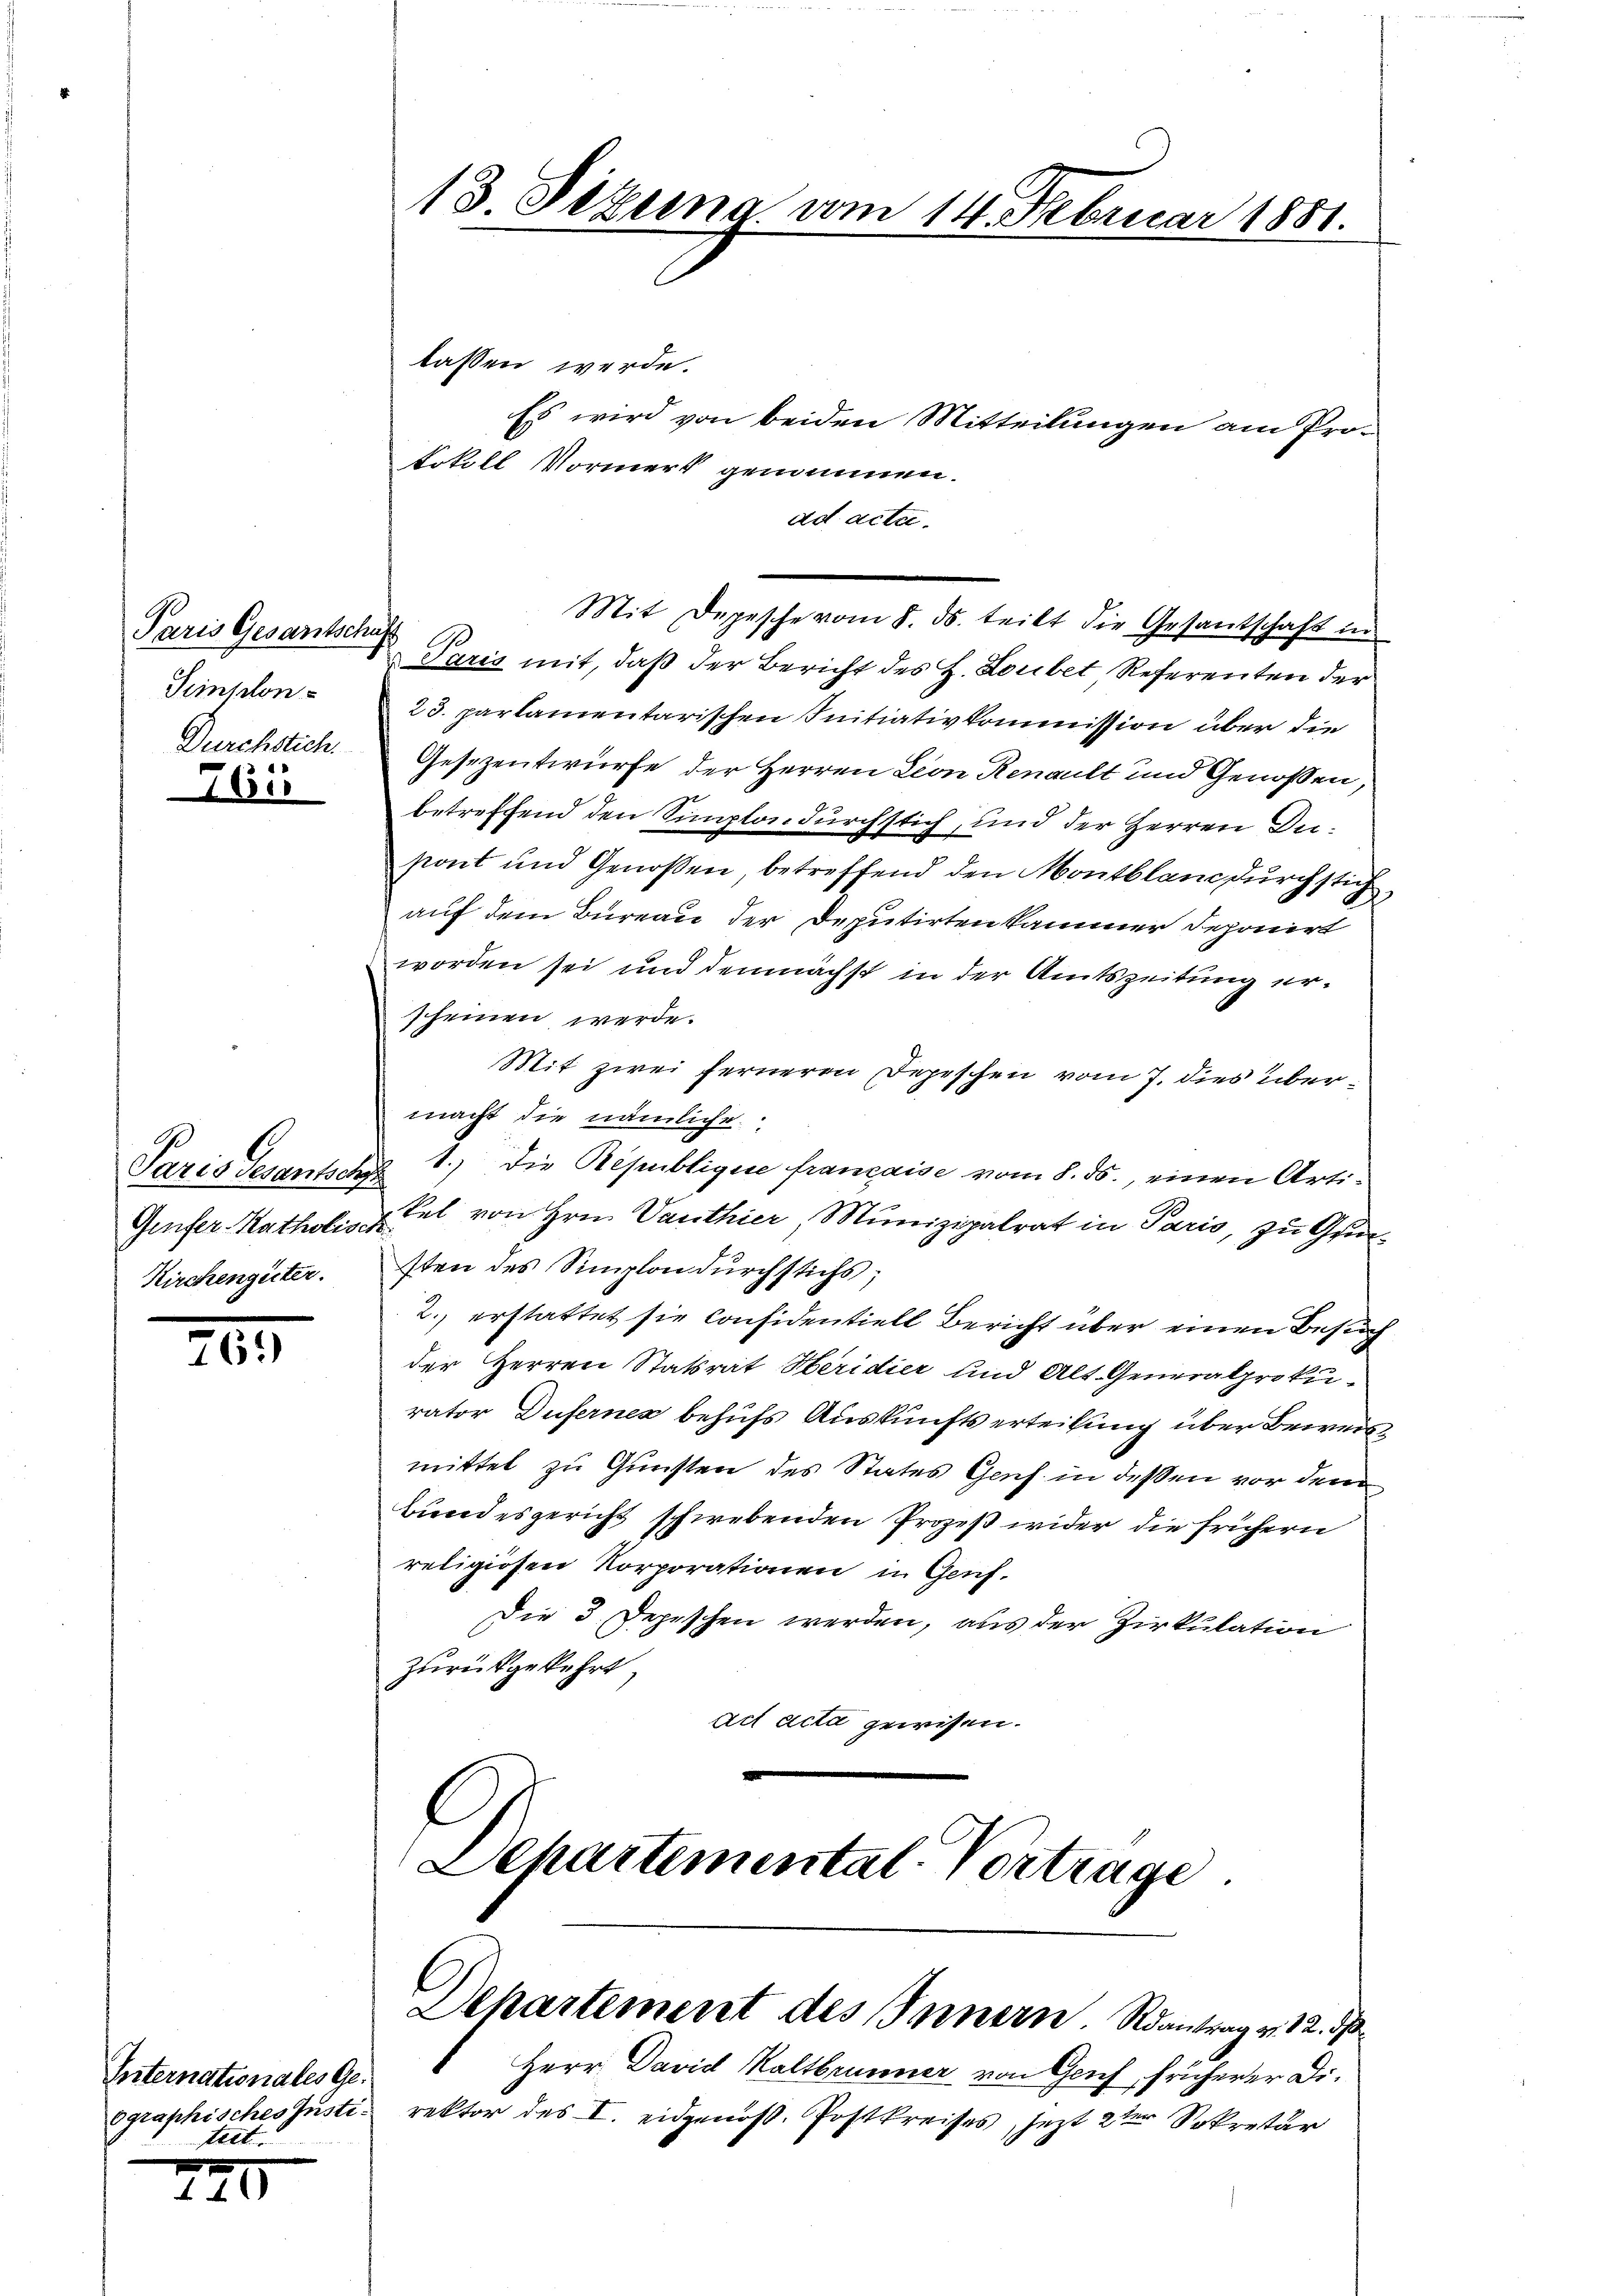
Paris Gesantsche
Sihlon
Durchstich.

Paris Gesantsch
Genfer- Katholis
Kirchengüter.

763)

Internationales Geographisches Justitret

240

13 Dezema vom 14. Februar 1881.

lassen werde.
Es wird von beiden Mitteilungen am Protokoll Vormerk genommen.
ad acte.
Paris mit, daß der Bericht des H. Louibet Referenten der
23. parlamentarischen Initiativkommission über die
Gesezentwurfe der Herren Lion Renault und Genossen,
betreffend den Simplondurchstich, und der Herren Destont und Genossen betreffend den Montbland durchstich
auf dem Bureau der Deputirten kammer deponirt
worden sei und demnächst in der Amtszeitung erscheinen werde.
Mit zwei ferneren Depeschen vom 7. dies übermacht die nämliche
1.) Die Republique francaise vom 8. ds., einen Artikel von Hrn. Vanthier, Munizipalrat in Paris, zu Gunsten des Simplon durchstichs;
2. erstattet sie Considentiell Bericht über einen Besuch
der Herren Statsrat Heridier und Alt. Generalprokurator Duferner behufs Auskunftserteilung über Beweismittel zu Gunsten des States Genf in dessen vor dem
Bundesgericht schwebenden Prozeß wider die frühern
religiosen Korporationen in Genf.
Die 3. Depeschen werden, aus der Zirkulation
zurückgekehrt,
act acta gewissen.
Departemental. Vortrage.

Mit Depesche vom 8. ds. teilt die Gesandschaft in
s

Departement des Innern. Rantrag v. 12. ds

.
Herr David Kaltbrunner von Genf, früherer Direktor des I. eidgenos. Postkreises, jezt 2ter Sekretär